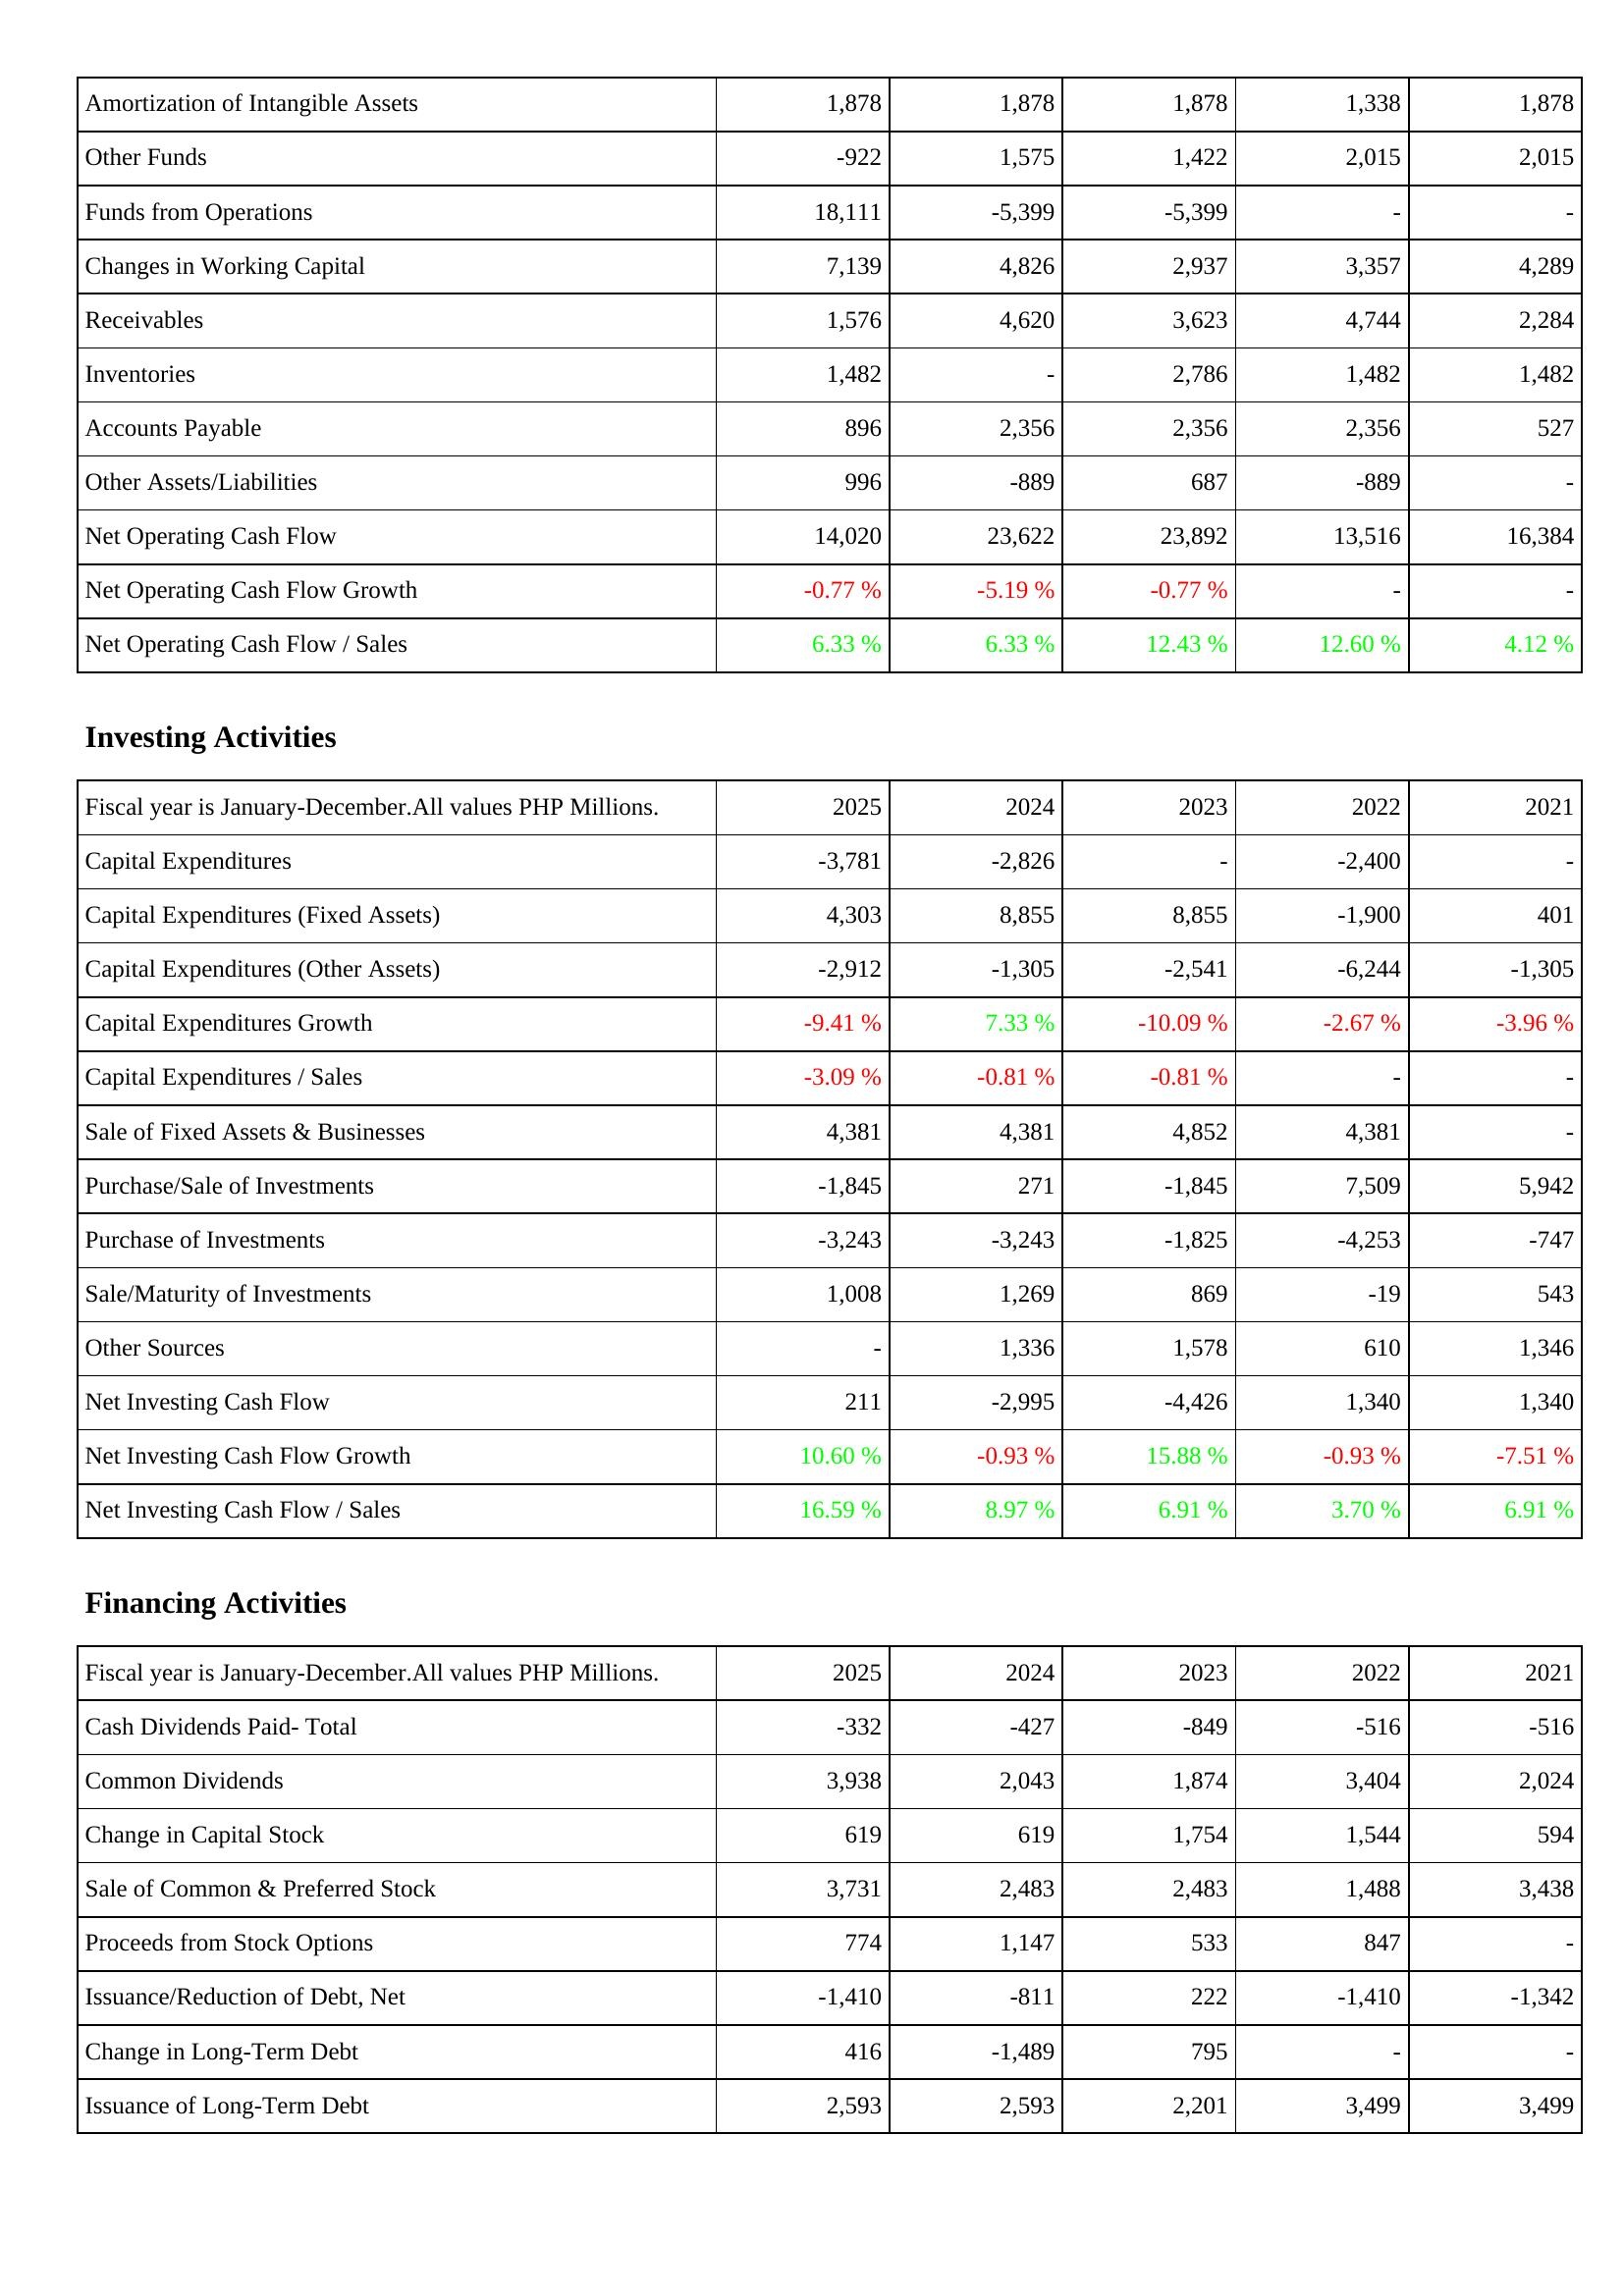
2025: Operating Activities: Amortization of Intangible Assets: 1,878
Other Funds: -922
Funds from Operations: 18,111
Changes in Working Capital: 7,139
Receivables: 1,576
Inventories: 1,482
Accounts Payable: 896
Other Assets/Liabilities: 996
Net Operating Cash Flow: 14,020
Net Operating Cash Flow Growth: -0.77 %
Net Operating Cash Flow / Sales: 6.33 %
Investing Activities: Capital Expenditures: -3,781
Capital Expenditures (Fixed Assets): 4,303
Capital Expenditures (Other Assets): -2,912
Capital Expenditures Growth: -9.41 %
Capital Expenditures / Sales: -3.09 %
Sale of Fixed Assets & Businesses: 4,381
Purchase/Sale of Investments: -1,845
Purchase of Investments: -3,243
Sale/Maturity of Investments: 1,008
Other Sources: -
Net Investing Cash Flow: 211
Net Investing Cash Flow Growth: 10.60 %
Net Investing Cash Flow / Sales: 16.59 %
Financing Activities: Cash Dividends Paid- Total: -332
Common Dividends: 3,938
Change in Capital Stock: 619
Sale of Common & Preferred Stock: 3,731
Proceeds from Stock Options: 774
Issuance/Reduction of Debt, Net: -1,410
Change in Long-Term Debt: 416
Issuance of Long-Term Debt: 2,593
2024: Operating Activities: Amortization of Intangible Assets: 1,878
Other Funds: 1,575
Funds from Operations: -5,399
Changes in Working Capital: 4,826
Receivables: 4,620
Inventories: -
Accounts Payable: 2,356
Other Assets/Liabilities: -889
Net Operating Cash Flow: 23,622
Net Operating Cash Flow Growth: -5.19 %
Net Operating Cash Flow / Sales: 6.33 %
Investing Activities: Capital Expenditures: -2,826
Capital Expenditures (Fixed Assets): 8,855
Capital Expenditures (Other Assets): -1,305
Capital Expenditures Growth: 7.33 %
Capital Expenditures / Sales: -0.81 %
Sale of Fixed Assets & Businesses: 4,381
Purchase/Sale of Investments: 271
Purchase of Investments: -3,243
Sale/Maturity of Investments: 1,269
Other Sources: 1,336
Net Investing Cash Flow: -2,995
Net Investing Cash Flow Growth: -0.93 %
Net Investing Cash Flow / Sales: 8.97 %
Financing Activities: Cash Dividends Paid- Total: -427
Common Dividends: 2,043
Change in Capital Stock: 619
Sale of Common & Preferred Stock: 2,483
Proceeds from Stock Options: 1,147
Issuance/Reduction of Debt, Net: -811
Change in Long-Term Debt: -1,489
Issuance of Long-Term Debt: 2,593
2023: Operating Activities: Amortization of Intangible Assets: 1,878
Other Funds: 1,422
Funds from Operations: -5,399
Changes in Working Capital: 2,937
Receivables: 3,623
Inventories: 2,786
Accounts Payable: 2,356
Other Assets/Liabilities: 687
Net Operating Cash Flow: 23,892
Net Operating Cash Flow Growth: -0.77 %
Net Operating Cash Flow / Sales: 12.43 %
Investing Activities: Capital Expenditures: -
Capital Expenditures (Fixed Assets): 8,855
Capital Expenditures (Other Assets): -2,541
Capital Expenditures Growth: -10.09 %
Capital Expenditures / Sales: -0.81 %
Sale of Fixed Assets & Businesses: 4,852
Purchase/Sale of Investments: -1,845
Purchase of Investments: -1,825
Sale/Maturity of Investments: 869
Other Sources: 1,578
Net Investing Cash Flow: -4,426
Net Investing Cash Flow Growth: 15.88 %
Net Investing Cash Flow / Sales: 6.91 %
Financing Activities: Cash Dividends Paid- Total: -849
Common Dividends: 1,874
Change in Capital Stock: 1,754
Sale of Common & Preferred Stock: 2,483
Proceeds from Stock Options: 533
Issuance/Reduction of Debt, Net: 222
Change in Long-Term Debt: 795
Issuance of Long-Term Debt: 2,201
2022: Operating Activities: Amortization of Intangible Assets: 1,338
Other Funds: 2,015
Funds from Operations: -
Changes in Working Capital: 3,357
Receivables: 4,744
Inventories: 1,482
Accounts Payable: 2,356
Other Assets/Liabilities: -889
Net Operating Cash Flow: 13,516
Net Operating Cash Flow Growth: -
Net Operating Cash Flow / Sales: 12.60 %
Investing Activities: Capital Expenditures: -2,400
Capital Expenditures (Fixed Assets): -1,900
Capital Expenditures (Other Assets): -6,244
Capital Expenditures Growth: -2.67 %
Capital Expenditures / Sales: -
Sale of Fixed Assets & Businesses: 4,381
Purchase/Sale of Investments: 7,509
Purchase of Investments: -4,253
Sale/Maturity of Investments: -19
Other Sources: 610
Net Investing Cash Flow: 1,340
Net Investing Cash Flow Growth: -0.93 %
Net Investing Cash Flow / Sales: 3.70 %
Financing Activities: Cash Dividends Paid- Total: -516
Common Dividends: 3,404
Change in Capital Stock: 1,544
Sale of Common & Preferred Stock: 1,488
Proceeds from Stock Options: 847
Issuance/Reduction of Debt, Net: -1,410
Change in Long-Term Debt: -
Issuance of Long-Term Debt: 3,499
2021: Operating Activities: Amortization of Intangible Assets: 1,878
Other Funds: 2,015
Funds from Operations: -
Changes in Working Capital: 4,289
Receivables: 2,284
Inventories: 1,482
Accounts Payable: 527
Other Assets/Liabilities: -
Net Operating Cash Flow: 16,384
Net Operating Cash Flow Growth: -
Net Operating Cash Flow / Sales: 4.12 %
Investing Activities: Capital Expenditures: -
Capital Expenditures (Fixed Assets): 401
Capital Expenditures (Other Assets): -1,305
Capital Expenditures Growth: -3.96 %
Capital Expenditures / Sales: -
Sale of Fixed Assets & Businesses: -
Purchase/Sale of Investments: 5,942
Purchase of Investments: -747
Sale/Maturity of Investments: 543
Other Sources: 1,346
Net Investing Cash Flow: 1,340
Net Investing Cash Flow Growth: -7.51 %
Net Investing Cash Flow / Sales: 6.91 %
Financing Activities: Cash Dividends Paid- Total: -516
Common Dividends: 2,024
Change in Capital Stock: 594
Sale of Common & Preferred Stock: 3,438
Proceeds from Stock Options: -
Issuance/Reduction of Debt, Net: -1,342
Change in Long-Term Debt: -
Issuance of Long-Term Debt: 3,499